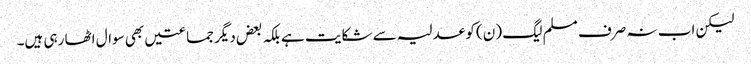
لیکن اب نہ صرف مسلم لیگ (ن) کو عدلیہ سے شکایت ہے بلکہ بعض دیگر جماعتیں بھی سوال اٹھا رہی ہیں۔